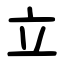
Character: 立